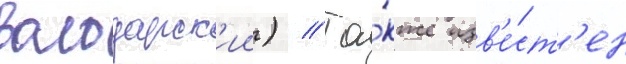
володарск'ии) // Та́кже изв'е́ст'ен